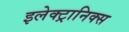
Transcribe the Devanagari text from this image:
इलेक्‍ट्रानिक्स